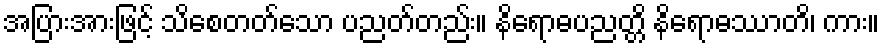
အပြားအားဖြင့် သိစေတတ်သော ပညတ်တည်း။ နိရောဓပညတ္တိ နိရောဓဿာတိ၊ ကား။